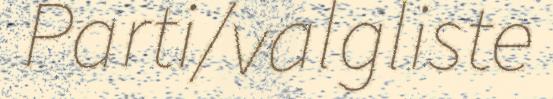
Parti/valgliste